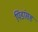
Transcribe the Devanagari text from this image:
पिंडांसह